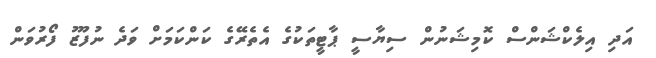
އަދި އިލެކްޝަންސް ކޮމިޝަނުން ސިޔާސީ ޕާޓީތަކުގެ އެތެރޭގެ ކަންކަމަށް ވަދެ ނުފޫޒު ފޯރުވަން